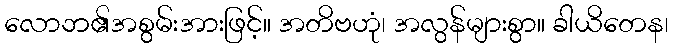
လောဘ၏အစွမ်းအားဖြင့်။ အတိဗဟုံ၊ အလွန်များစွာ။ ခါယိတေန၊